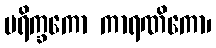
ပရိက္ခကော ကာရဏိကော၊